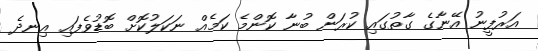
އަރުފީނު އޭނާގެ ގާތުގައި ކުރަން ބުނާ ކޮންމެ ކަމެއް ނަކަލުކޮށް ބޮޑުވެފައި އިނދެ